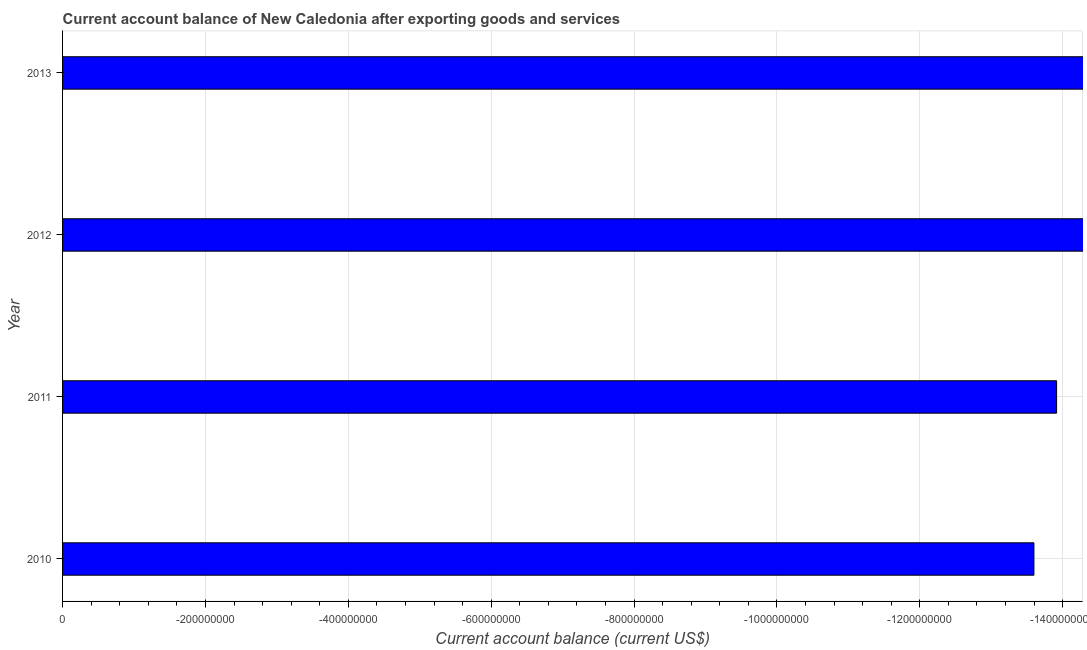
| Year | Current account balance |
 | --- | --- |
 | 2010 | -1.36e+09 |
 | 2011 | -1.39e+09 |
 | 2012 | -1.86e+09 |
 | 2013 | -1.74e+09 |